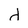
Character: d